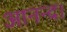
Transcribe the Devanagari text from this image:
आनन्द।